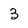
Character: 3